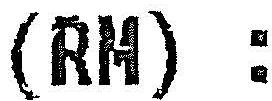
(RM) :